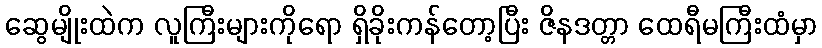
ဆွေမျိုးထဲက လူကြီးများကိုရော ရှိခိုးကန်တော့ပြီး ဇိနဒတ္တာ ထေရီမကြီးထံမှာ